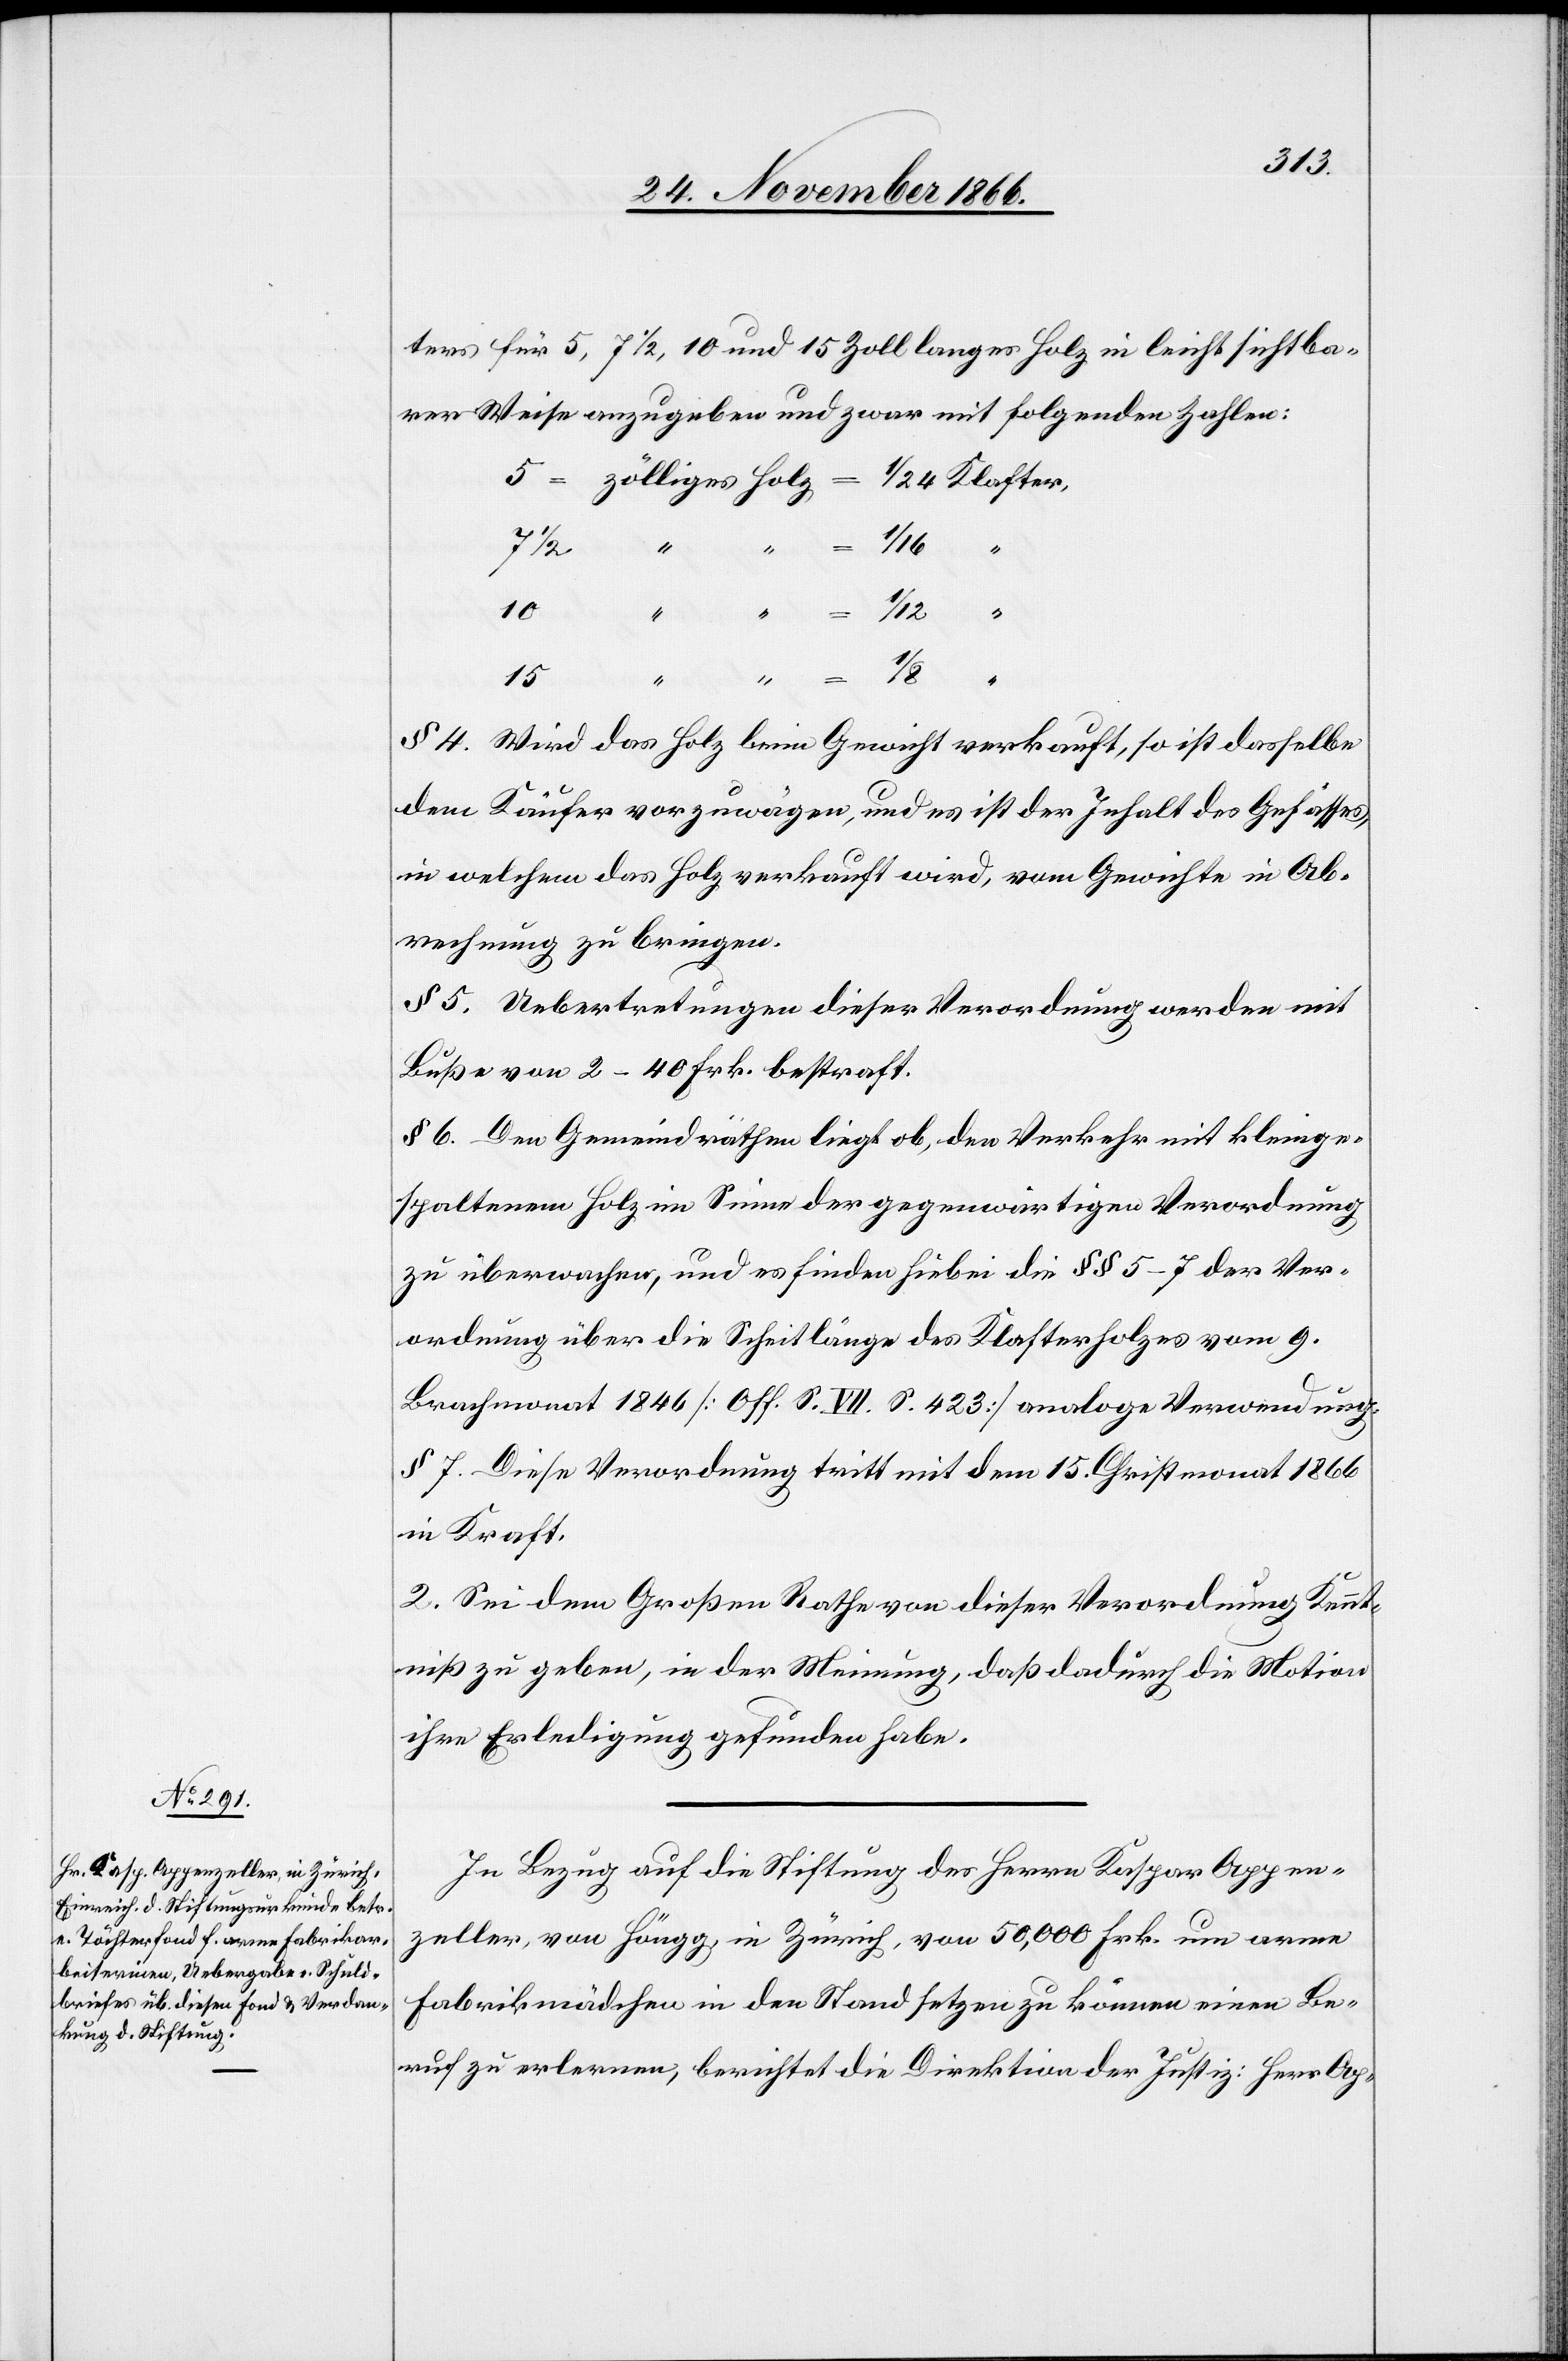
ters für 5, 7 1/2, 10 und 15 Zoll langes Holz in leicht sichtba¬
rer Weise anzugeben und zwar mit folgenden Zahlen:
7
Klafter
15
§ 4. Wird das Holz beim Gewicht verkauft, so ist dasselbe
dem Käufer vorzuwägen, und es ist der Inhalt des Gefässes,
in welchem das Holz verkauft wird, vom Gewichte in Ab¬
rechnung zu bringen.
§ 5. Uebertretungen dieser Verordnung werden mit
Buße von 2–40 Frk. bestraft.
§ 6. Den Gemeindräthen liegt ob, den Verkehr mit kleinge¬
spaltenem Holz im Sinne der gegenwärtigen Verordnung
zu überwachen, und es finden hiebei die § § 5–7 der Ver¬
ordnung über die Scheitlänge des Klafterholzes vom 9.
Brachmonat 1846 [Off. S. VII. S. 423] analoge Verwendung.
§ 7. Diese Verordnung tritt mit dem 15. Christmonat 1866
in Kraft.
2. Sei dem Großen Rathe von dieser Verordnung Kennt¬
niß zu geben, in der Meinung, daß dadurch die Motion
ihre Erledigung gefunden habe.
In Bezug auf die Stiftung des Herrn Kaspar Appen¬
zeller, von Höngg, in Zürich, von 50 000 Frk. um arme
Fabrikmädchen in den Stand setzen zu können einen Be¬
ruf zu erlernen, berichtet die Direktion der Justiz: Herr Ap-